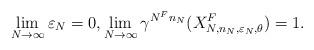
LaTeX: \begin{align*}\lim_{N \to \infty}\varepsilon_N=0, \lim_{N \to \infty}\gamma^{N^F n_N}(X^F_{N,n_N,\varepsilon_{N},\theta}) = 1.\end{align*}